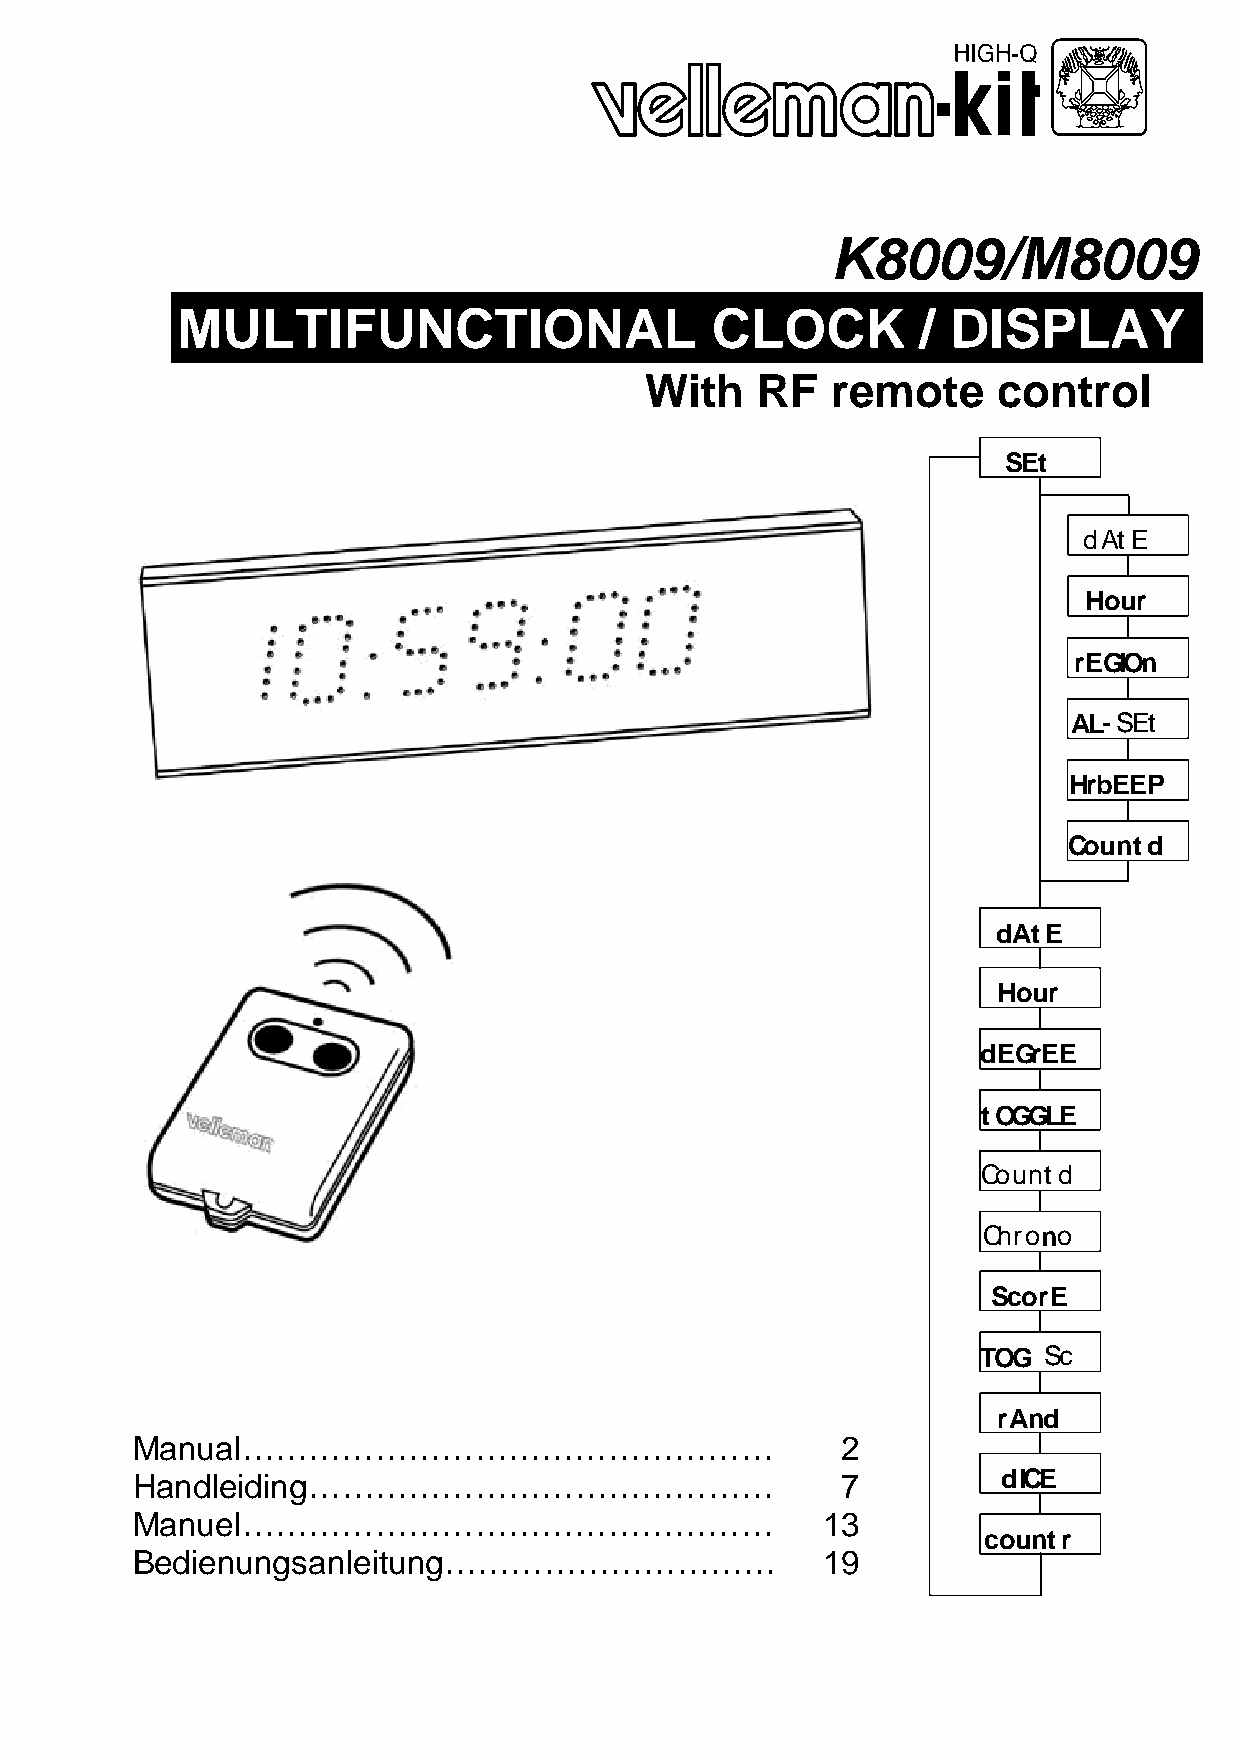
K8009/M8009
 MULTIFUNCTIONAL                    CLOCK         / DISPLAY
 With   RF   remote     control
 SEt
 dAtE
 Hour
 rEGIOn
 AL-SEt
 HrbEEP
 Countd
 dAtE
 Hour
 dEGrEE
 tOGGLE
 Countd
 Chrono
 ScorE
 TOG Sc
 rAnd
 Manual…………………………………………                         2
 Handleiding……………………………………                      7         dICE
 Manuel…………………………………………                       13
 countr
 Bedienungsanleitung…………………………                19